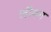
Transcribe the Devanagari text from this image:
लीवन